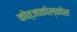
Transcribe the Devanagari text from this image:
कोत्जाकोल्कोस